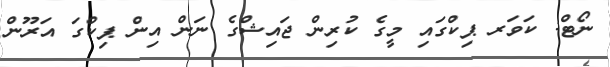
ނޯޓް: ކަވަރ ޕިކްގައި މީގެ ކުރިން ޖައިޝްގެ ނަން އިން ޕިކްގަ އަރޫން